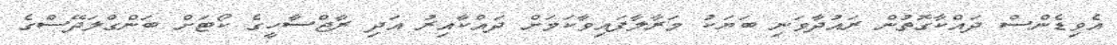
އެވިޑެންސް ދައްކާގޮތުން ރައުދާވަނި ބަޔަކު މަރާލާފައިވާކަމަށް ދައްކާއިރު އަދި ރާޖްސާހީގެ ކޯޓަށް ބަންގްލަދޭސްގެ